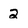
Character: 2